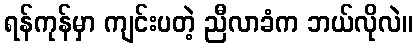
ရန်ကုန်မှာ ကျင်းပတဲ့ ညီလာခံက ဘယ်လိုလဲ။